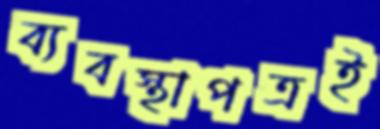
ব্যবস্থাপত্রই